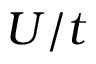
U / t